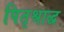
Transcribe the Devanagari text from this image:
पितृश्राद्ध